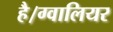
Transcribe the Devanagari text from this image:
है।ग्वालियर